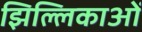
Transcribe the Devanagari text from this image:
झिल्लिकाओं